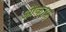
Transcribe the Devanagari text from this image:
औक़ाफ़